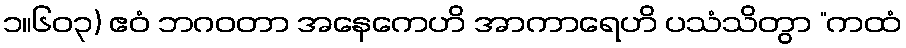
၁။၆၀၃) ဧဝံ ဘဂဝတာ အနေကေဟိ အာကာရေဟိ ပသံသိတွာ “ကထံ